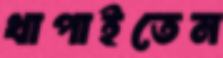
খাপাইতেন